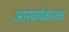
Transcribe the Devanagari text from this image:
आस्चर्यकारक